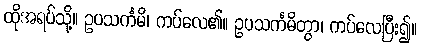
ထိုအရပ်သို့။ ဥပသင်္ကမိ၊ ကပ်လေ၏။ ဥပသင်္ကမိတွာ၊ ကပ်လေပြီး၍။